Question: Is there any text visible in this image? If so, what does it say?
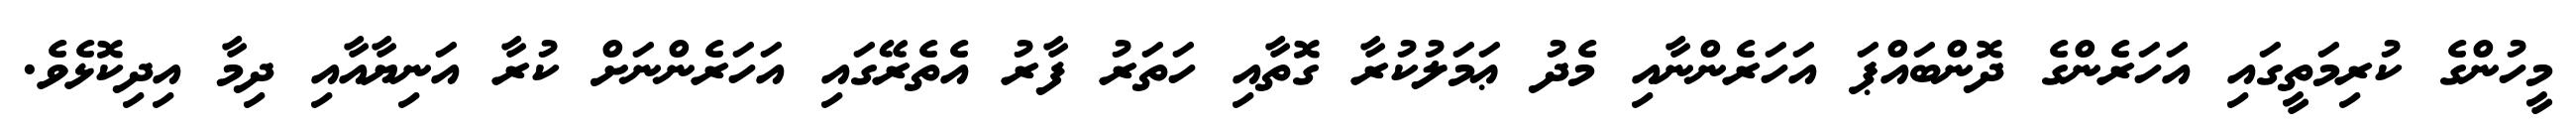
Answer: މީހުންގެ ކުރިމަތީގައި އަހަރެންގެ ދޮންބައްޕަ އަހަރެންނާއި މެދު ޢަމަލުކުރާ ގޮތާއި ހަތަރު ފާރު އެތެރޭގައި އަހަރެންނަށް ކުރާ އަނިޔާއާއި ދިމާ އިދިކޮޅެވެ.